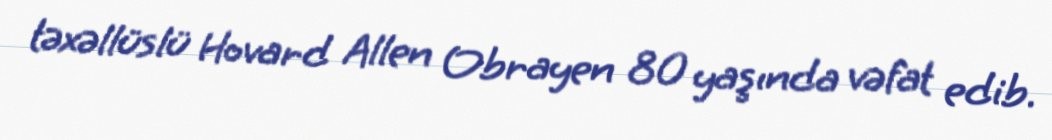
təxəllüslü Hovard Allen Obrayen 80 yaşında vəfat edib.